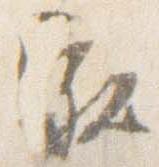
家